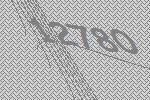
12780